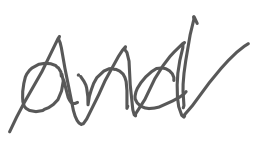
Text: and
Cross-out: zig-zag
Writing tool: digital_gray